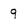
Character: 9